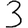
Digit: 3